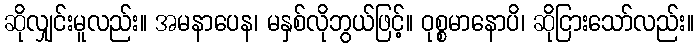
ဆိုလျှင်းမူလည်း။ အမနာပေန၊ မနှစ်လိုဘွယ်ဖြင့်။ ဝုစ္စမာနောပိ၊ ဆိုငြားသော်လည်း။